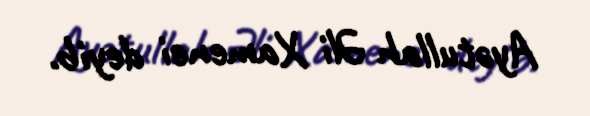
Ayətullah Əli Xamenei deyib.